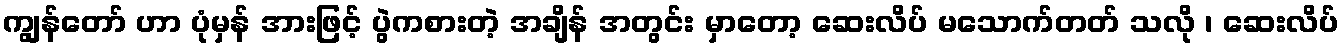
ကျွန်တော် ဟာ ပုံမှန် အားဖြင့် ပွဲကစားတဲ့ အချိန် အတွင်း မှာတော့ ဆေးလိပ် မသောက်တတ် သလို ၊ ဆေးလိပ်